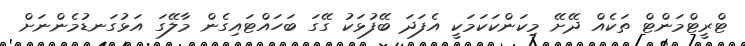
ޓްރީޓްމަންޓް ތަކެއް ދޭށޭ މިކަންކަކަމަކީ އެފަދަ ބޭފުޅަކު ގޭގަ ބަހައްޓައިގެން މާލޭގަ އަޅުގަނޑުމެންނަށް